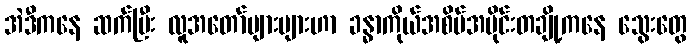
အဲဒီကနေ ဆက်ပြီး လူအတော်များများဟာ ခန္ဓာကိုယ်အစိပ်အပိုင်းတချို့ကနေ သွေးတွေ